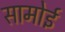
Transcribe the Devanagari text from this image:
सामोई